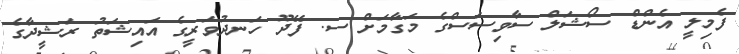
ފެމިލީ އެންޑް ސޯޝަލް ސާވިސަސްގެ މަގާމަށް ސ. ފޭދޫ ހަނދުވަރީގެ އައިޝަތު ރަޝީދާގެ